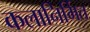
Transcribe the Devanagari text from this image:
कलानिर्मित